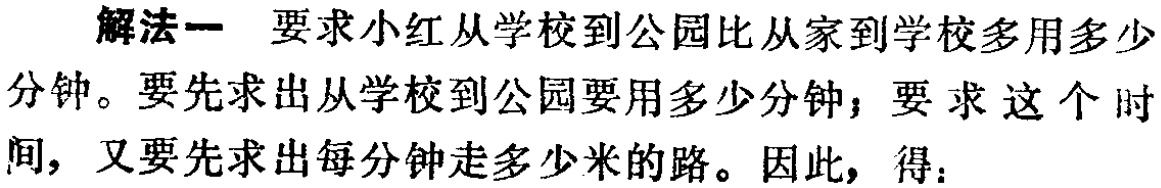
解法一 要求小红从学校到公园比从家到学校多用多少分钟。要先求出从学校到公园要用多少分钟；要求这个时间，又要先求出每分钟走多少米的路。因此，得：